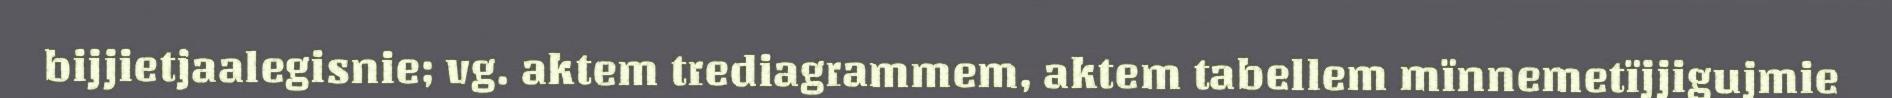
bijjietjaalegisnie; vg. aktem trediagrammem, aktem tabellem mïnnemetïjjigujmie